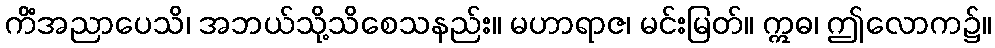
ကိံအညာပေသိ၊ အဘယ်သို့သိစေသနည်း။ မဟာရာဇ၊ မင်းမြတ်။ ဣဓ၊ ဤလောက၌။